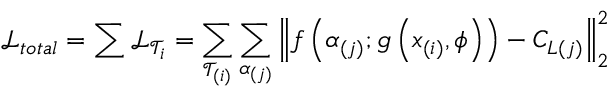
\mathcal { L } _ { t o t a l } = \sum \mathcal { L } _ { \mathcal { T } _ { i } } = \sum _ { \mathcal { T } _ { ( i ) } } \sum _ { \alpha _ { ( j ) } } \left\| f \left( \alpha _ { ( j ) } ; g \left( x _ { ( i ) } , \phi \right) \right) - C _ { L ( j ) } \right\| _ { 2 } ^ { 2 }